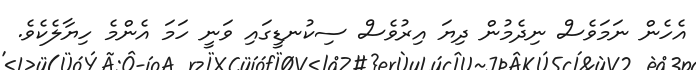
އެހެން ނަމަވެސް ނިދެމުން ދިޔަ އިރުވެސް ސިކުނޑީގައި ވަނީ ހަމަ އެންމެ ހިޔާލެކެވެ.